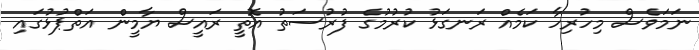
ނަމަވެސް މިހުރިހާ ކަމެއް ރަނގަޅު ކުރުމުގެ ފުރުސަތު އޮތީ ރައީސް ޔާމީން އަތްޕުޅުގައި